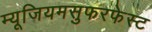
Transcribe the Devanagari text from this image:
म्यूजियमसुफरफेस्ट